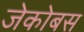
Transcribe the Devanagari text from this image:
जेकोबस